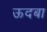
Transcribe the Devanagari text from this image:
ऊदबा